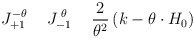
\begin{align*}J^{-\theta}_{+1} \hspace{0.5cm}J^{\;\theta}_{-1} \hspace{0.5cm}\frac{2}{\theta^{2}} \left( k - \theta \cdot H_{0} \right)\end{align*}